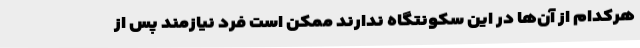
هرکدام از آن‌ها در این سکونتگاه ندارند ممکن است فرد نیازمند پس از